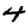
Digit: 4